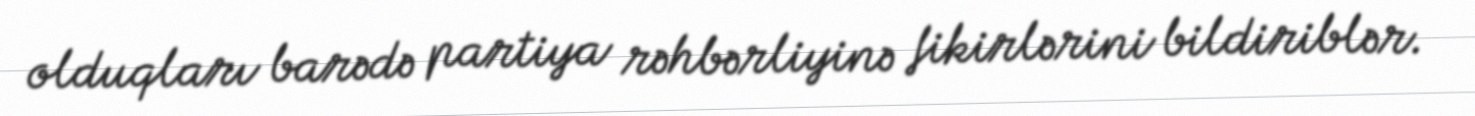
olduqları barədə partiya rəhbərliyinə fikirlərini bildiriblər.